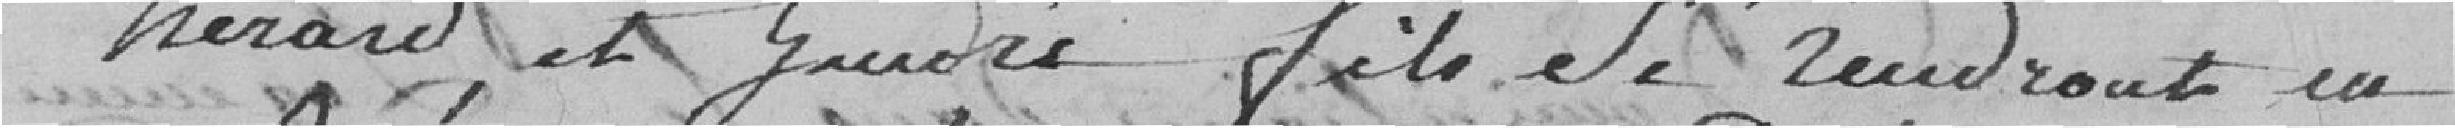
herav et quedes file Se vendront un